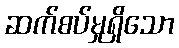
ဆက်စပ်မှုရှိသော